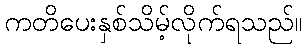
ကတိပေးနှစ်သိမ့်လိုက်ရသည်။